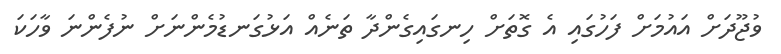
ވުޖޫދަށް އައުމަށް ފަހުގައި އެ ގޮތަށް ހިނގައިގެންދާ ތަނެއް އަޅުގަނޑުމެންނަށް ނުފެންނަ ވާހަކަ